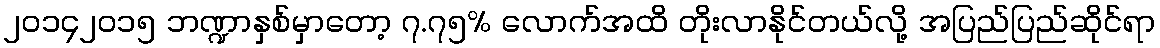
၂၀၁၄၂၀၁၅ ဘဏ္ဍာနှစ်မှာတော့ ၇.၇၅% လောက်အထိ တိုးလာနိုင်တယ်လို့ အပြည်ပြည်ဆိုင်ရာ